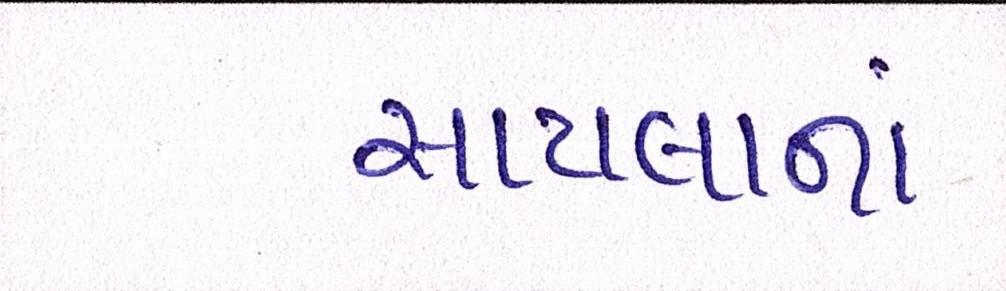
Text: સાયલાનાં